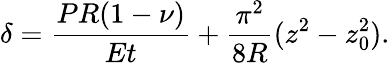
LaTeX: \delta=\frac{PR(1-\nu)}{Et}+\frac{\pi^{2}}{8R}(z^{2}-z_{0}^{2}).